Lunatic asylums Burma 1907-21 - 1907-1921
Year: 1907
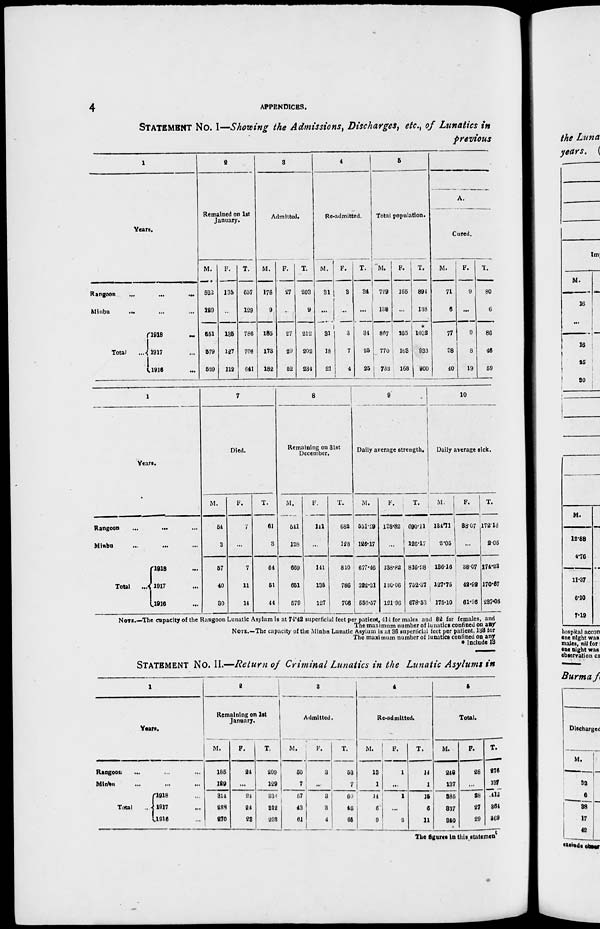
4
APPENDICES.
STATEMENT No. I—Showing the Admissions, Discharges, etc., of Lunatics in
previous
1
Years.
Rangoon
...
...
...
Minbu
... ... ...
Total
...
1918
...
1917 ...
1916 ...
2
Remained on 1st
January.
M.
522
129
651
579
529
F.
135
...
135
127
112
T.
657
129
786
706
641
3
Admitted.
M.
176
9
185
173
182
F.
27
...
27
29
52
T.
203
9
212
202
234
4
Re-admitted.
M.
31
...
31
18
21
F.
3
...
3
7
4
T.
34
...
34
25
25
5
Total population.
M.
729
138
867
770
732
F.
165
...
165
163
168
T.
894
138
*
1032
933
900
A.
Cured.
M.
71
6
77
38
40
F.
9
...
9
8
19
T.
80
6
86
46
59
1
Years.
Rangoon ... ... ...
Minbu ... ... ...
Total
...
1918 ...
1917 ...
1916 ...
7
Died.
M.
54
3
57
40
30
F.
7
...
7
11
14
T.
61
3
64
51
44
8
Remaining on 31st
December.
M.
541
128
669
651
579
F.
141
...
141
135
127
T.
682
128
810
786
706
9
Daily average strength.
M.
551.29
126.17
677.46
322.31
556.57
F.
138.82
...
138.82
130.06
121.96
T.
690.11
126.17
816.28
752.37
678.53
10
Daily average sick.
M.
134.11
2.05
136.16
127.75
175.10
F.
38.07
...
38.07
42.92
61.96
T.
172.18
2.05
174.23
170.67
237.06
NOTE.—The capacity of the Rangoon Lunatic Asylum is at 74.42 superficial feet per patient, 414 for males and 82 for females, and
The maximum number of lunatics confined on any
NOTE.—The capacity of the Minbu Lunatic Asylum is at 36 superficial feet per patient, 138 for
The maximum number of lunatics confined on any
* Include 13
STATEMENT No. II.—Return of Criminal Lunatics in the Lunatic Asylums in
1
Years.
Rangoon ... ... ...
Minbu ... ... ...
Total ...
1918 ...
1917 ...
1916 ...
2
Remaining on 1st
January.
M.
185
129
314
288
270
F.
24
...
24
24
28
T.
209
129
338
312
298
3
Admitted.
M.
50
7
57
43
61
F.
3
...
3
3
4
T.
53
7
60
46
65
4
Re-admitted.
M.
13
1
14
6
9
F.
1
...
1
...
2
T.
14
1
15
6
11
5
Total.
M.
248
137
385
337
340
F.
28
...
28
27
29
T.
276
137
413
364
369
The figures in this statement